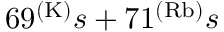
6 9 ^ { ( \mathrm { K ) } } s + 7 1 ^ { ( \mathrm { R b ) } } s